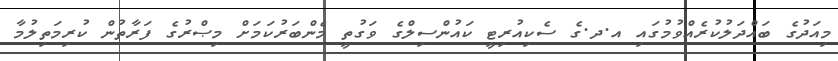
މިއަދުގެ ބައްދަލުކުރެއްވުމުގައި އ.ދ.ގެ ސެކިއުރިޓީ ކައުންސިލްގެ ވަގުތީ މެންބަރުކަމަށް މިޞްރުގެ ފަރާތުން ކުރިމަތިލުމާ